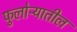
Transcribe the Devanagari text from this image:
फुलोऱ्यातील